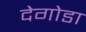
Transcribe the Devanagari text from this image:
देगोडा